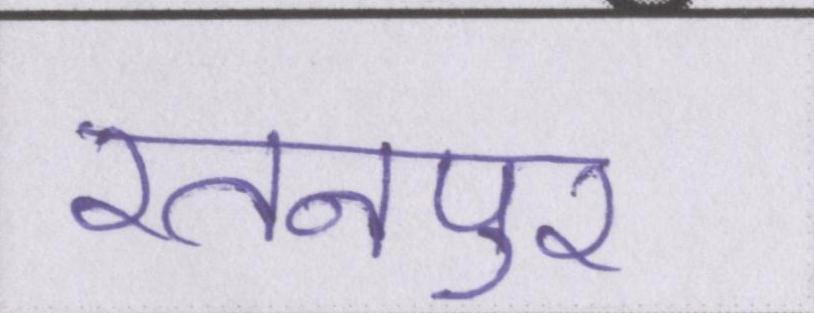
रतनपुर